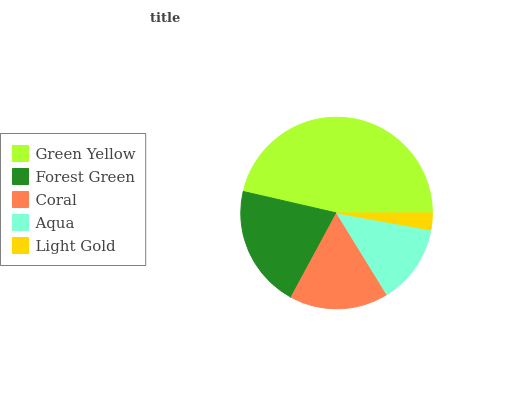
| Green Yellow | Forest Green | Coral | Aqua | Light Gold |
 | --- | --- | --- | --- | --- |
 | 46.4% | 20.7% | 16.7% | 13.4% | 2.83% |